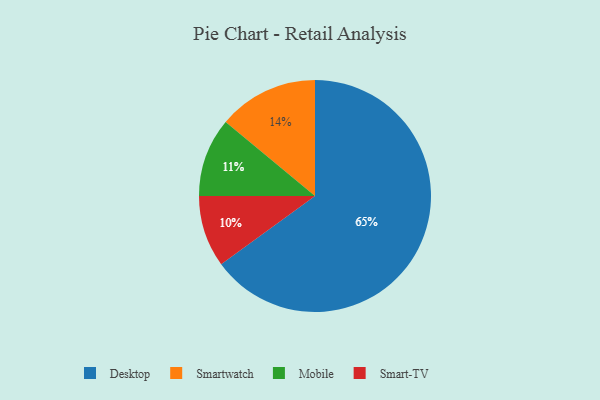
{"axis": {"x": "Category", "y": "Percentage"}, "legend": ["Desktop", "Mobile", "Smart-TV", "Smartwatch"], "data": [{"x": "Smart-TV", "y": 10, "type": "Smart-TV"}, {"x": "Smartwatch", "y": 14, "type": "Smartwatch"}, {"x": "Mobile", "y": 11, "type": "Mobile"}, {"x": "Desktop", "y": 65, "type": "Desktop"}]}